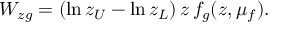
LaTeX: W _ { z g } = ( \ln z _ { U } - \ln z _ { L } ) \, z \, f _ { g } ( z , \mu _ { f } ) .